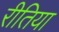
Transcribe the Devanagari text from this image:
रीतिया